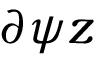
\partial { \psi } { z }